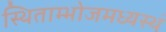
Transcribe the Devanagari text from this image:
स्थिताम्भोजमध्यस्थं